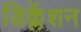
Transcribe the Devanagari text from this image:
डिक्लेंशन